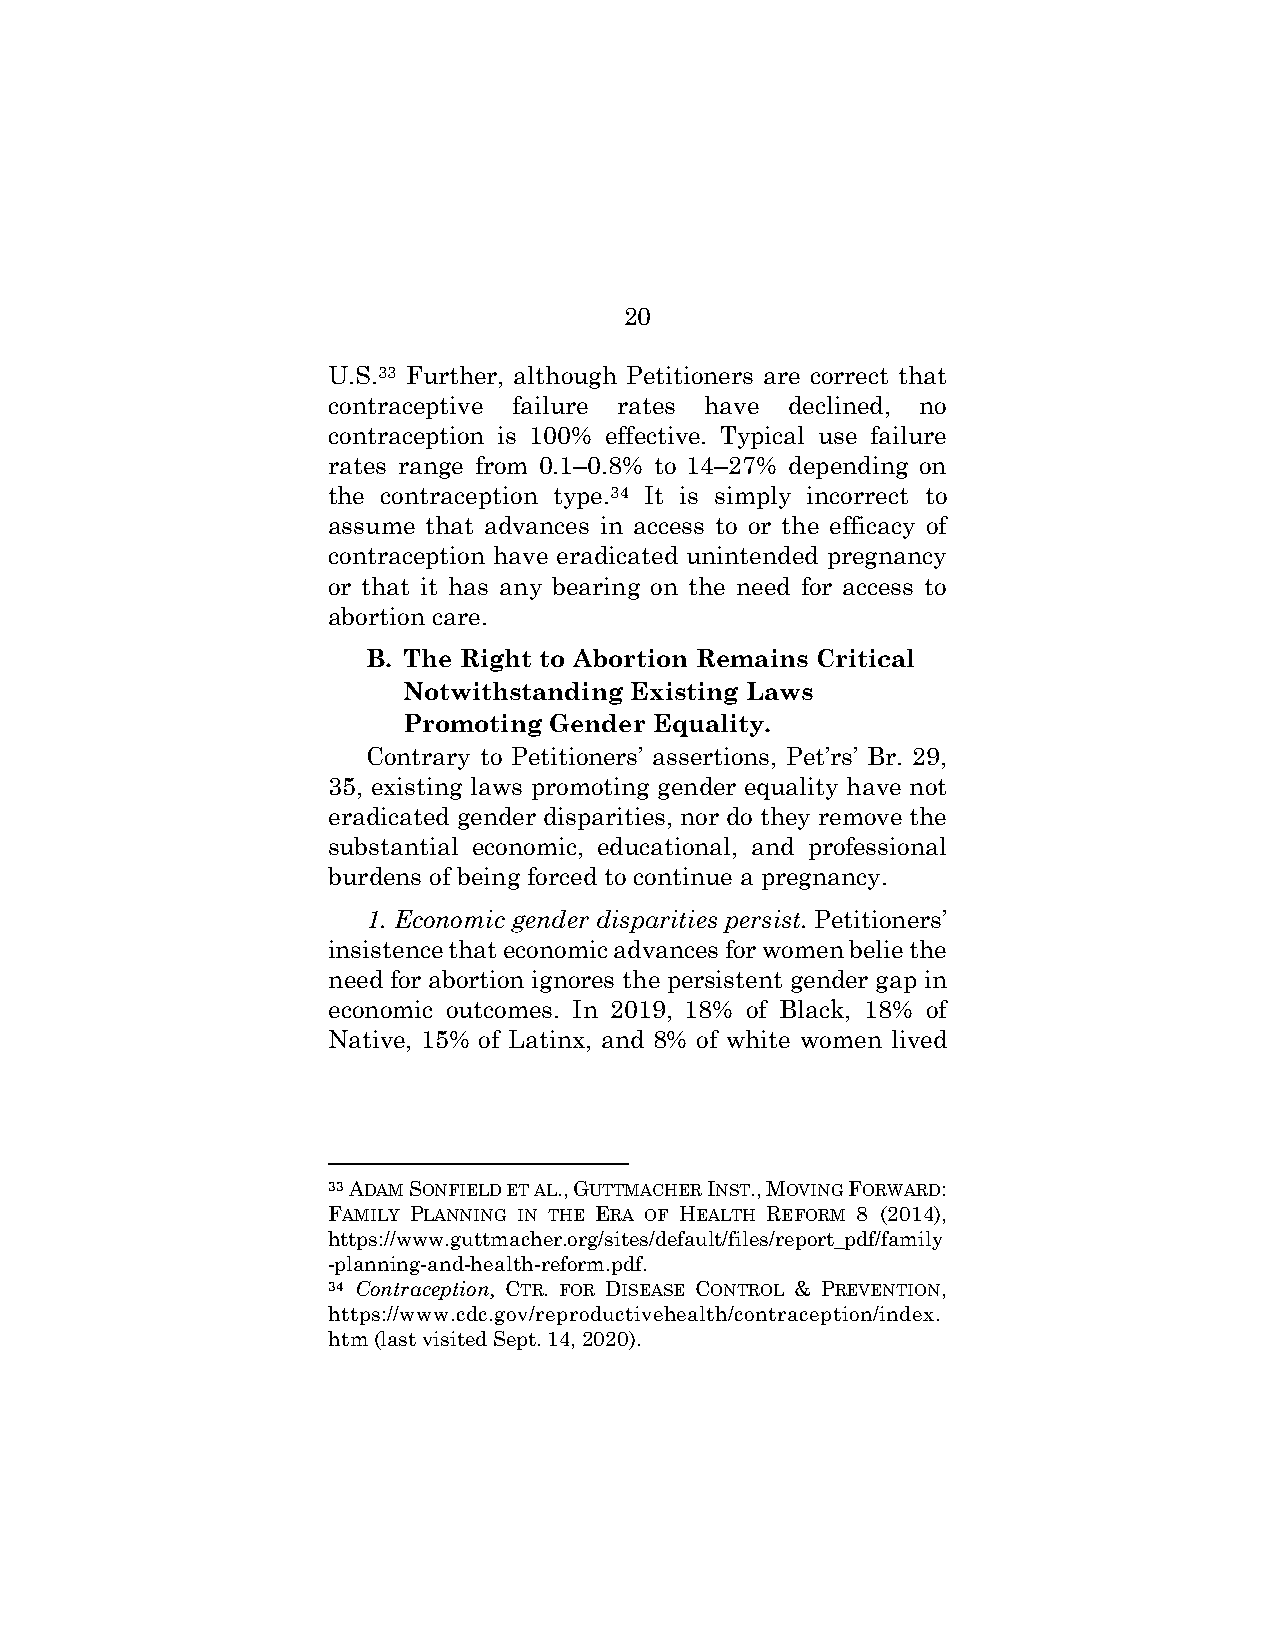
20
 U.S.33 Further, although Petitioners are correct that
 contraceptive failure rates have declined, no
 contraception is 100% effective. Typical use failure
 rates range from 0.1–0.8% to 14–27% depending on
 the contraception type.34 It is simply incorrect to
 assume that advances in access to or the efficacy of
 contraception have eradicated unintended pregnancy
 or that it has any bearing on the need for access to
 abortion care.
 B. The Right to Abortion Remains Critical
 Notwithstanding Existing Laws
 Promoting Gender Equality.
 Contrary to Petitioners’ assertions, Pet’rs’ Br. 29,
 35, existing laws promoting gender equality have not
 eradicated gender disparities, nor do they remove the
 substantial economic, educational, and professional
 burdens of being forced to continue a pregnancy.
 1. Economic gender disparities persist. Petitioners’
 insistence that economic advances for women belie the
 need for abortion ignores the persistent gender gap in
 economic outcomes. In 2019, 18% of Black, 18% of
 Native, 15% of Latinx, and 8% of white women lived
 33 ADAM SONFIELD ET AL., GUTTMACHER INST., MOVING FORWARD:
 FAMILY PLANNING IN THE ERA OF HEALTH REFORM 8 (2014),
 https://www.guttmacher.org/sites/default/files/report_pdf/family
 -planning-and-health-reform.pdf.
 34 Contraception, CTR. FOR DISEASE CONTROL & PREVENTION,
 https://www.cdc.gov/reproductivehealth/contraception/index.
 htm (last visited Sept. 14, 2020).